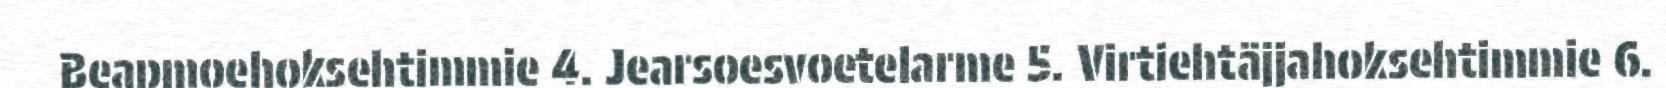
Beapmoehoksehtimmie 4. Jearsoesvoetelarme 5. Virtiehtäjjahoksehtimmie 6.